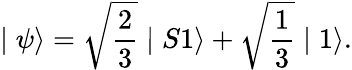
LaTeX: \mid\psi\rangle=\sqrt{\frac{2}{3}}\mid S1\rangle+\sqrt{\frac{1}{3}}\mid 1\rangle.